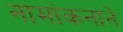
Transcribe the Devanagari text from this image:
नामांकनाने